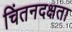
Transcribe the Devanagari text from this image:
चिंतनदक्षता